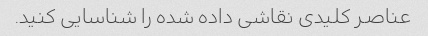
عناصر کلیدی نقاشی داده شده را شناسایی کنید.